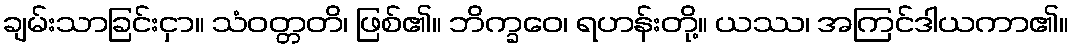
ချမ်းသာခြင်းငှာ။ သံဝတ္တတိ၊ ဖြစ်၏။ ဘိက္ခဝေ၊ ရဟန်းတို့။ ယဿ၊ အကြင်ဒါယကာ၏။